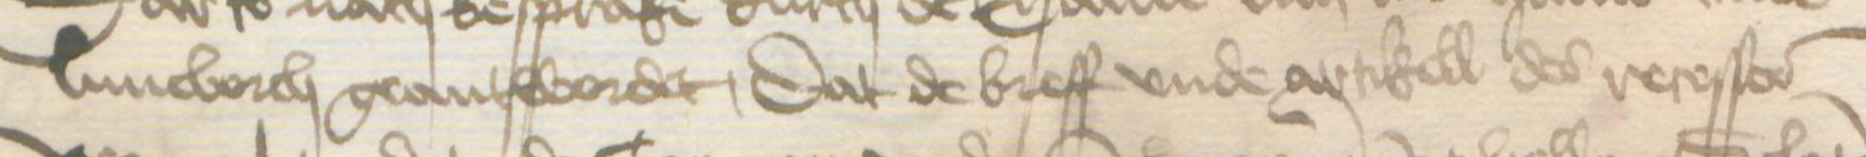
Transcription: Luneborch geantwordet, dat de breff vnde artikell des resesses